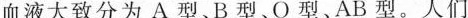
血液大致分为A型、B型、O型、AB型。人们